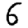
Digit: 6